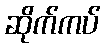
ဆိုက်ကပ်